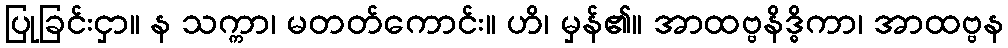
ပြုခြင်းငှာ။ န သက္ကာ၊ မတတ်ကောင်း။ ဟိ၊ မှန်၏။ အာထဗ္ဗနိဒ္ဓိကာ၊ အာထဗ္ဗန